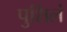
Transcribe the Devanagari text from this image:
पुशिलं